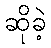
ဆိုခဲ့